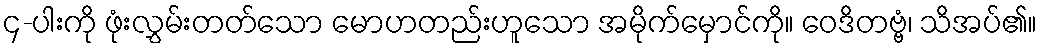
၄-ပါးကို ဖုံးလွှမ်းတတ်သော မောဟတည်းဟူသော အမိုက်မှောင်ကို။ ဝေဒိတဗ္ဗံ၊ သိအပ်၏။